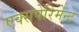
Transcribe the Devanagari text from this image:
एक्सपेरिमेन्ट